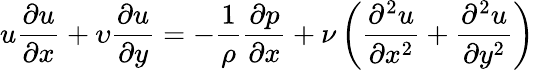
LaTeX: u{\frac{\partial u}{\partial x}}+\upsilon{\frac{\partial u}{\partial y}}=-{\frac{1}{\rho}}{\frac{\partial p}{\partial x}}+{\nu}\left({\frac{\partial^{2}u}{\partial x^{2}}}+{\frac{\partial^{2}u}{\partial y^{2}}}\right)